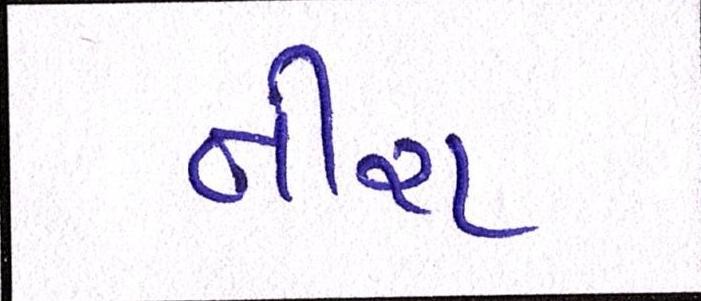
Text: નીરા